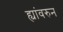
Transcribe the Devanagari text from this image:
ह्यांवरुन